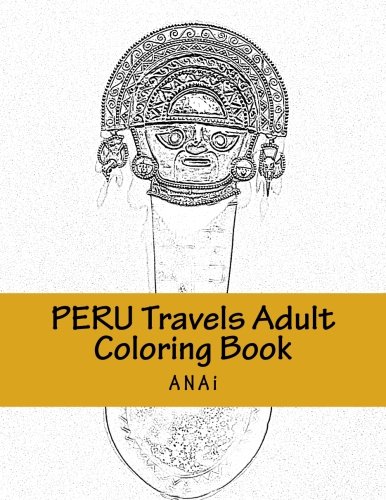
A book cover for Peru Travels Adult Coloring Book: Color Precious Moments in Peru; ANAi; Travel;